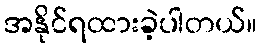
အနိုင်ရထားခဲ့ပါတယ်။